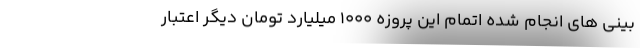
بینی های انجام شده اتمام این پروزه 1000 میلیارد تومان دیگر اعتبار